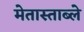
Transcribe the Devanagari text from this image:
मेतास्ताब्ले